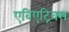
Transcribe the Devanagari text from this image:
एविएट्रिक्स